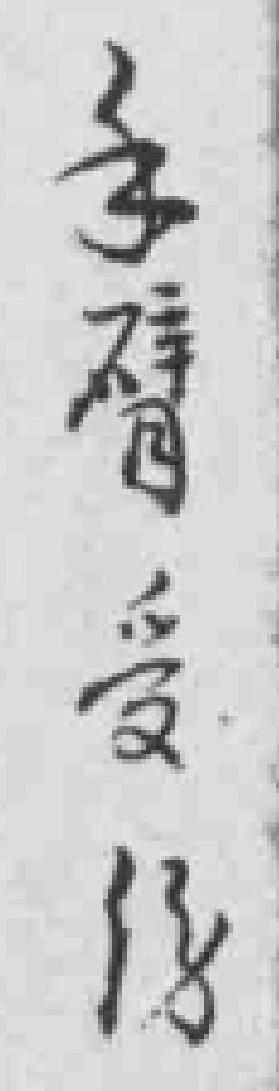
手臂受傷